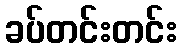
ခပ်တင်းတင်း